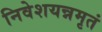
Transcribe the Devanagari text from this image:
निवेशयन्नमृतं